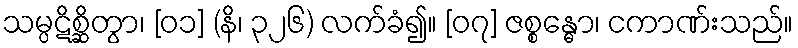
သမ္ပဋိစ္ဆိတွာ၊ [၀၁] (နိ၊ ၃၂၆) လက်ခံ၍။ [၀၇] ဇစ္စန္ဓော၊ ငကာဏ်းသည်။